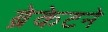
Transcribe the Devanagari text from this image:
ब्रेकेटने